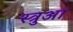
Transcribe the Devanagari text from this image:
स्त्रुआ